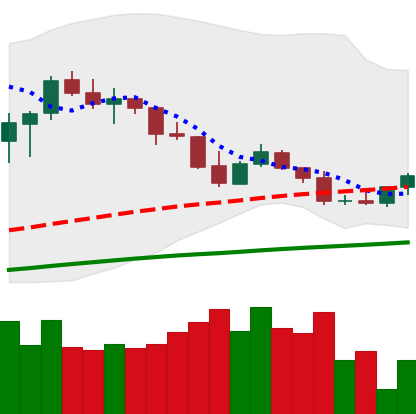
Ticker: TRX-USD
Chart end date: 2020-09-25
Forward return: -4.022%
Label: down_3_5